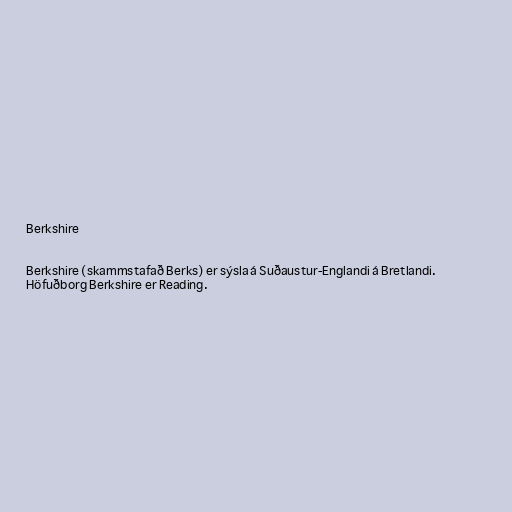
Berkshire

Berkshire (skammstafað Berks) er sýsla á Suðaustur-Englandi á Bretlandi.
Höfuðborg Berkshire er Reading.